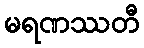
မရဏဿတီ